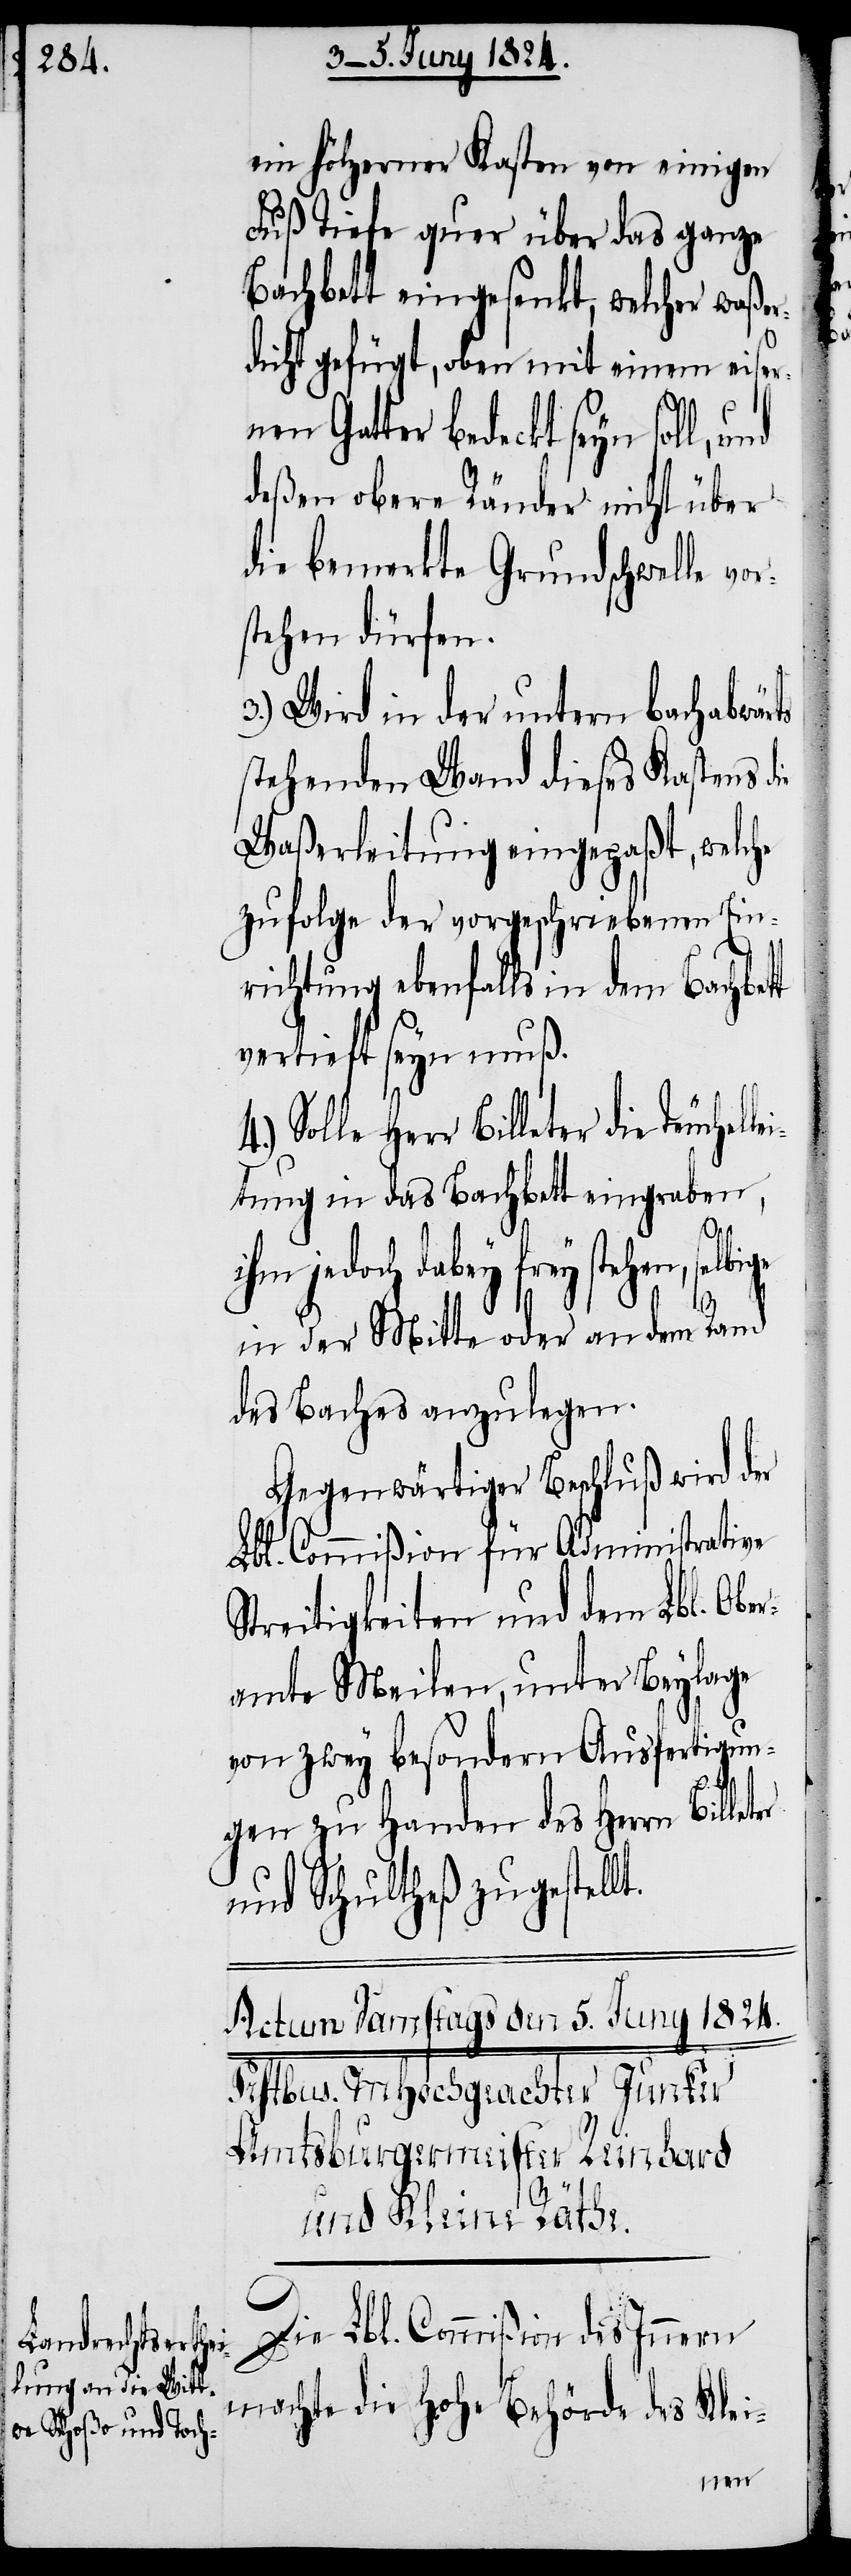
ein hölzerner Kasten von einigen
Fuß Tiefe quer über das ganze
Bachbett eingesenkt, welcher waßer¬
dicht gefügt, oben mit einem eiser¬
nen Gatter bedeckt seyn soll,
deßen obere Ränder nicht über
die bemerkte Grundschwelle vor¬
stehen dürfen.
3.) Wird in der untern bachabwärts
stehenden Wand dieses Kastens die
Waßerleitung eingepaßt, welche
zufolge der vorgeschriebenen Ein¬
richtung ebenfalls in dem Bachbet¬
vertieft seyn muß.
Solle Herr Billeter die Teuchel¬
tung in das Bachbett eingraben,
ter
ihm jedoch dabey frey stehen, selbi¬
t.
in der Mitte oder an den Rand
des Baches anzulegen.
Gegenwärtiger Beschluß wird der
Lbl. Commißion für Administrative
Streitigkeiten und dem Lbl. Ober¬
amte Meilen, unter Beylage
von zwey besondern Ausfertigun¬
gen zu Handen des Herrn Bille¬
und Schultheß zugestell¬
Die Lbl. Commißion des Innern
machte die hohe Behörde des Klei-